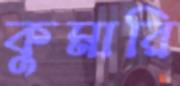
কুমারি